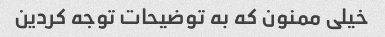
خیلی ممنون که به توضیحات توجه کردین